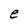
Character: e